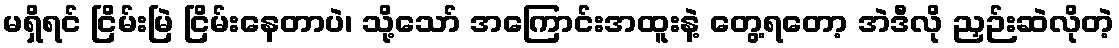
မရှိရင် ငြိမ်းမြဲ ငြိမ်းနေတာပဲ၊ သို့သော် အကြောင်းအထူးနဲ့ တွေ့ရတော့ အဲဒီလို ညှဉ်းဆဲလိုတဲ့